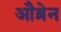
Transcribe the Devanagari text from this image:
औब्रेन